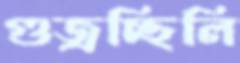
গুজ্‌রচ্ছিলি